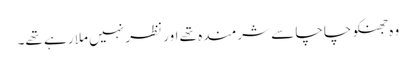
وہ جھنکو چاچا سے شرمندہ تھے اور نظر نہیں ملا رہے تھے۔